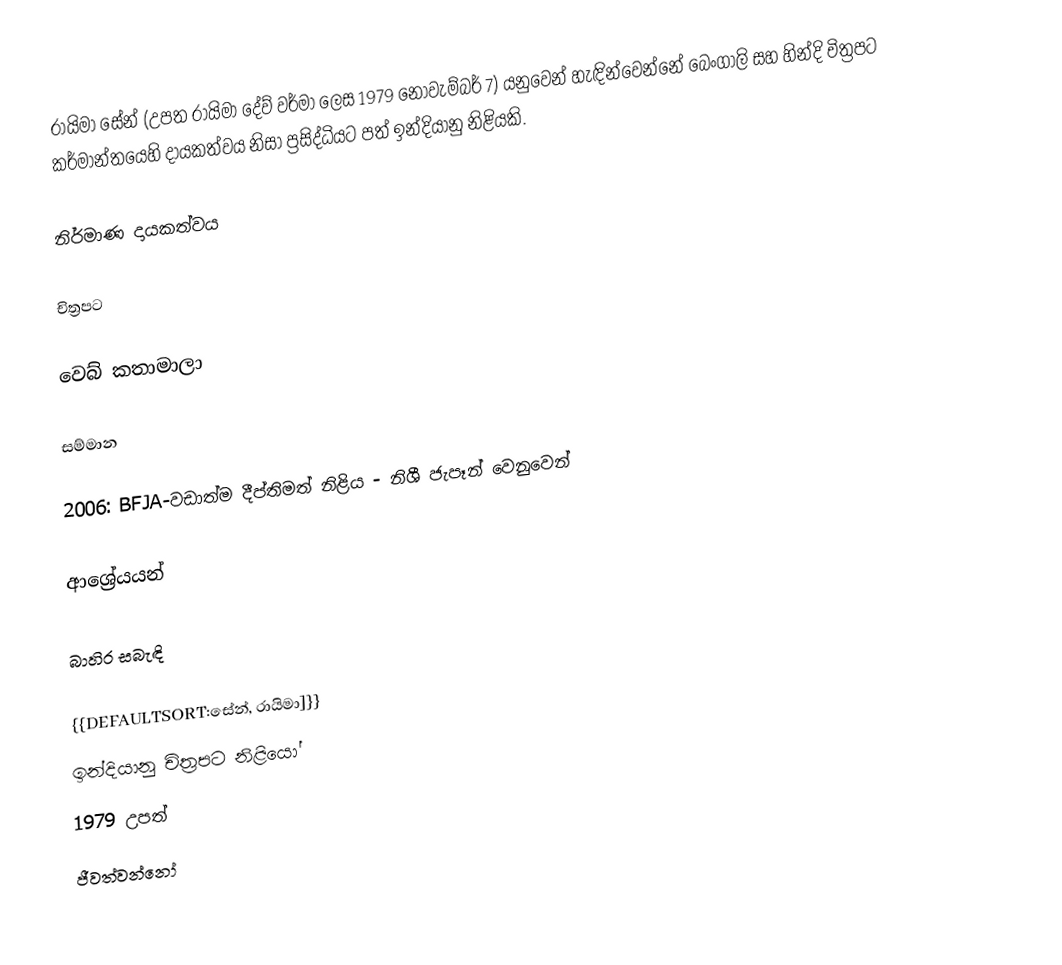
රායිමා සේන් (උපත රායිමා දේව් වර්මා ලෙස 1979 නොවැම්බර් 7) යනුවෙන් හැඳින්වෙන්නේ බෙංගාලි සහ හින්දි චිත්‍රපට කර්මාන්තයෙහි දායකත්වය නිසා ප්‍රසිද්ධියට පත් ඉන්දියානු නිළියකි.

නිර්මාණ දායකත්වය

චිත්‍රපට

වෙබ් කතාමාලා

සම්මාන

 2006: BFJA-වඩාත්ම දීප්තිමත් නිළිය - නිශී ජැපෑන් වෙනුවෙන්

ආශ්‍රේයයන්

බාහිර සබැඳි

{{DEFAULTSORT:සේන්, ‍රායිමා]}}
ඉන්දියානු චිත්‍රපට නිළියෝ
1979 උපත්
ජීවත්වන්නෝ